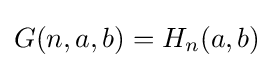
G(n,a,b)=H_{n}(a,b)